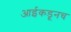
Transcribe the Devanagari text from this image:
आईकडूनच